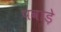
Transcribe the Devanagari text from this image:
पवाड़े